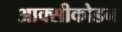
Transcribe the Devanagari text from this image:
आक्सीकोडन